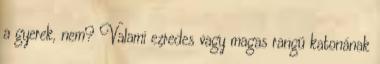
a gyerek, nem? Valami ezredes vagy magas rangú katonának